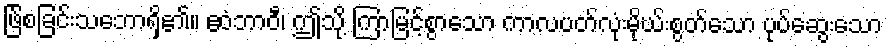
ဖြ်စခြင်းသဘောရှိ၏။ ဧဝံဘာဝီ၊ ဤသို့ ကြာမြင့်စွာသော ကာလပတ်လုံးမိုဃ်းစွတ်သော ပုပ်ဆွေးသော